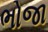
ભોજા